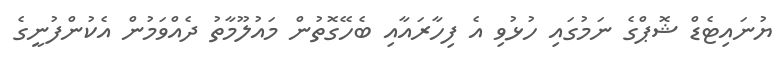
ޔުނައިޓެޑް ޝޮޕްގެ ނަމުގައި ހުޅުވި އެ ފިހާރައާއި ބެހޭގޮތުން މައުލޫމާތު ދެއްވަމުން އެކުންފުނީގެ